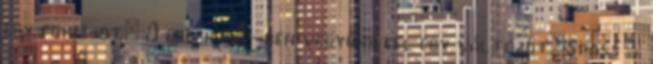
egy form-ot: A check.php-ben vegyünk fel egy változót:$pass =